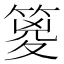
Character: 䈦